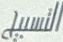
التسبیح